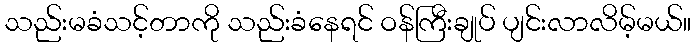
သည်းမခံသင့်တာကို သည်းခံနေရင် ဝန်ကြီးချုပ် ပျင်းလာလိမ့်မယ်။